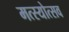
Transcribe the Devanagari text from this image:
मत्स्योत्सव